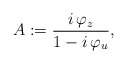
\begin{align*} A := \frac{i\,\varphi_z}{1-i\,\varphi_u},\end{align*}